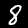
Label: 8